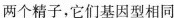
两个精子，它们基因型相同D